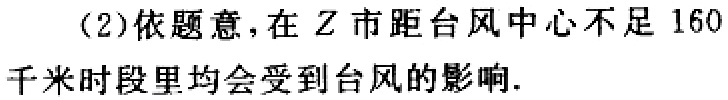
(2)依题意，在 \(Z\) 市距台风中心不足 \(160\) 千米时段里均会受到台风的影响.